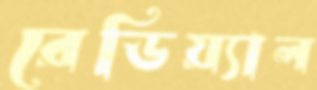
রেডিয়্যাল